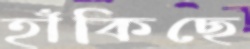
হাঁকিছে